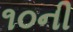
૧૦ની